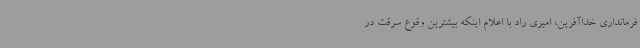
فرمانداری خداآفرین، امیری راد با اعلام اینکه بیشترین وقوع سرقت در